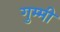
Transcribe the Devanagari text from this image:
गुम्मी